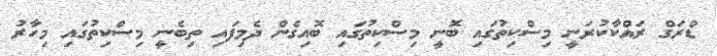
ޑްރަގް ރައްކާކުރަނީ މިސްކިތުގައި ބޮނީ މިސްކިތުގައި ބޮއިގެން ދެމިފައި ތިބެނީ މިސްކިތުގައި މިހާރު